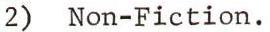
2) Non-Fiction.